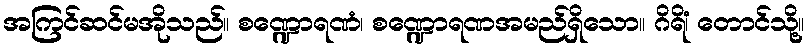
အကြင်ဆင်မအိုသည်။ စဏ္ဍောရဏံ၊ စဏ္ဍောရဏအမည်ရှိသော။ ဂိရိံ၊ တောင်သို့။